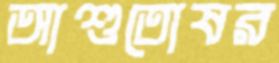
আশুতোষর